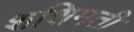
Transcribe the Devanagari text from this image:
शशिमती